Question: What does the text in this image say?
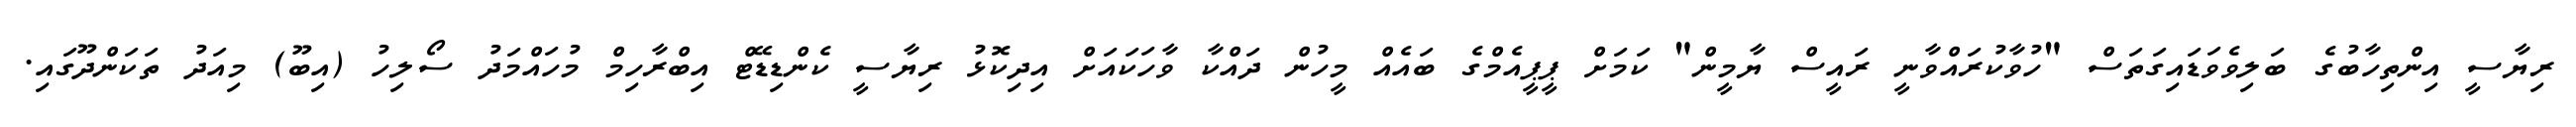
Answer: ރިޔާސީ އިންތިހާބުގެ ބަލިވެވަޑައިގަތަސް "ހުވާކުރައްވާނީ ރައީސް ޔާމީން" ކަމަށް ޕީޕީއެމްގެ ބައެއް މީހުން ދައްކާ ވާހަކައަށް އިދިކޮޅު ރިޔާސީ ކެންޑިޑޭޓް އިބްރާހިމް މުހައްމަދު ސޯލިހު (އިބޫ) މިއަދު ތަކަންދޫގައި.